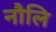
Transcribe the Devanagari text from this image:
नौलि